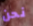
نحن